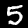
Label: 5